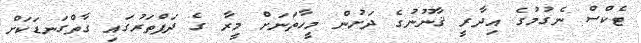
ޓެކްސް ނެގުމުގެ އިދާރީ ޤާނޫނުގެ ދަށުން މީހާތަނަށް މީރާ ގެ ދަފްތަރުގައި ގާތްގަނޑަކަށް